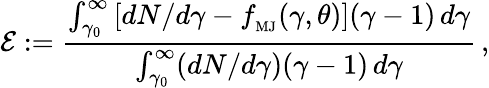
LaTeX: \mathcal{E}:=\frac{\int_{\gamma_{0}}^{\infty}\left[{dN}/{d\gamma}-f_{_\mathrm{MJ}}(\gamma,\theta)\right](\gamma-1)\, d\gamma}{\int_{\gamma_{0}}^{\infty}({dN}/{d\gamma})(\gamma-1)\, d\gamma}\, ,